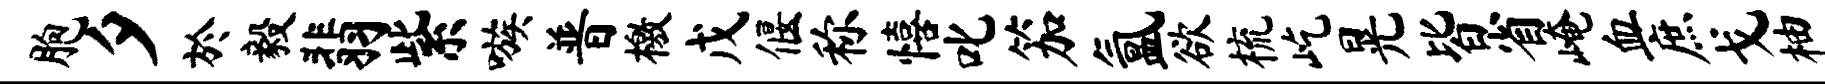
胞夕於毅翡紫嗾普檄戊偃称僖叱笳氲欲梳屹晃皆省崦血庶戈柚